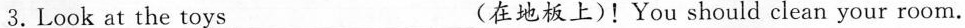
3.Look at the toys__(在地板上)！You should clean your room.